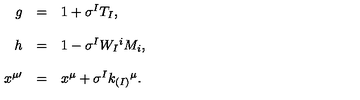
\begin{array} { r c l } { g } & { = } & { 1 + \sigma ^ { I } T _ { I } , } \\ { } & { } & { } \\ { h } & { = } & { 1 - \sigma ^ { I } W _ { I } { } ^ { i } M _ { i } , } \\ { } & { } & { } \\ { x ^ { \mu \prime } } & { = } & { x ^ { \mu } + \sigma ^ { I } k _ { ( I ) } { } ^ { \mu } . } \\ \end{array}